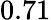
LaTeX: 0.71